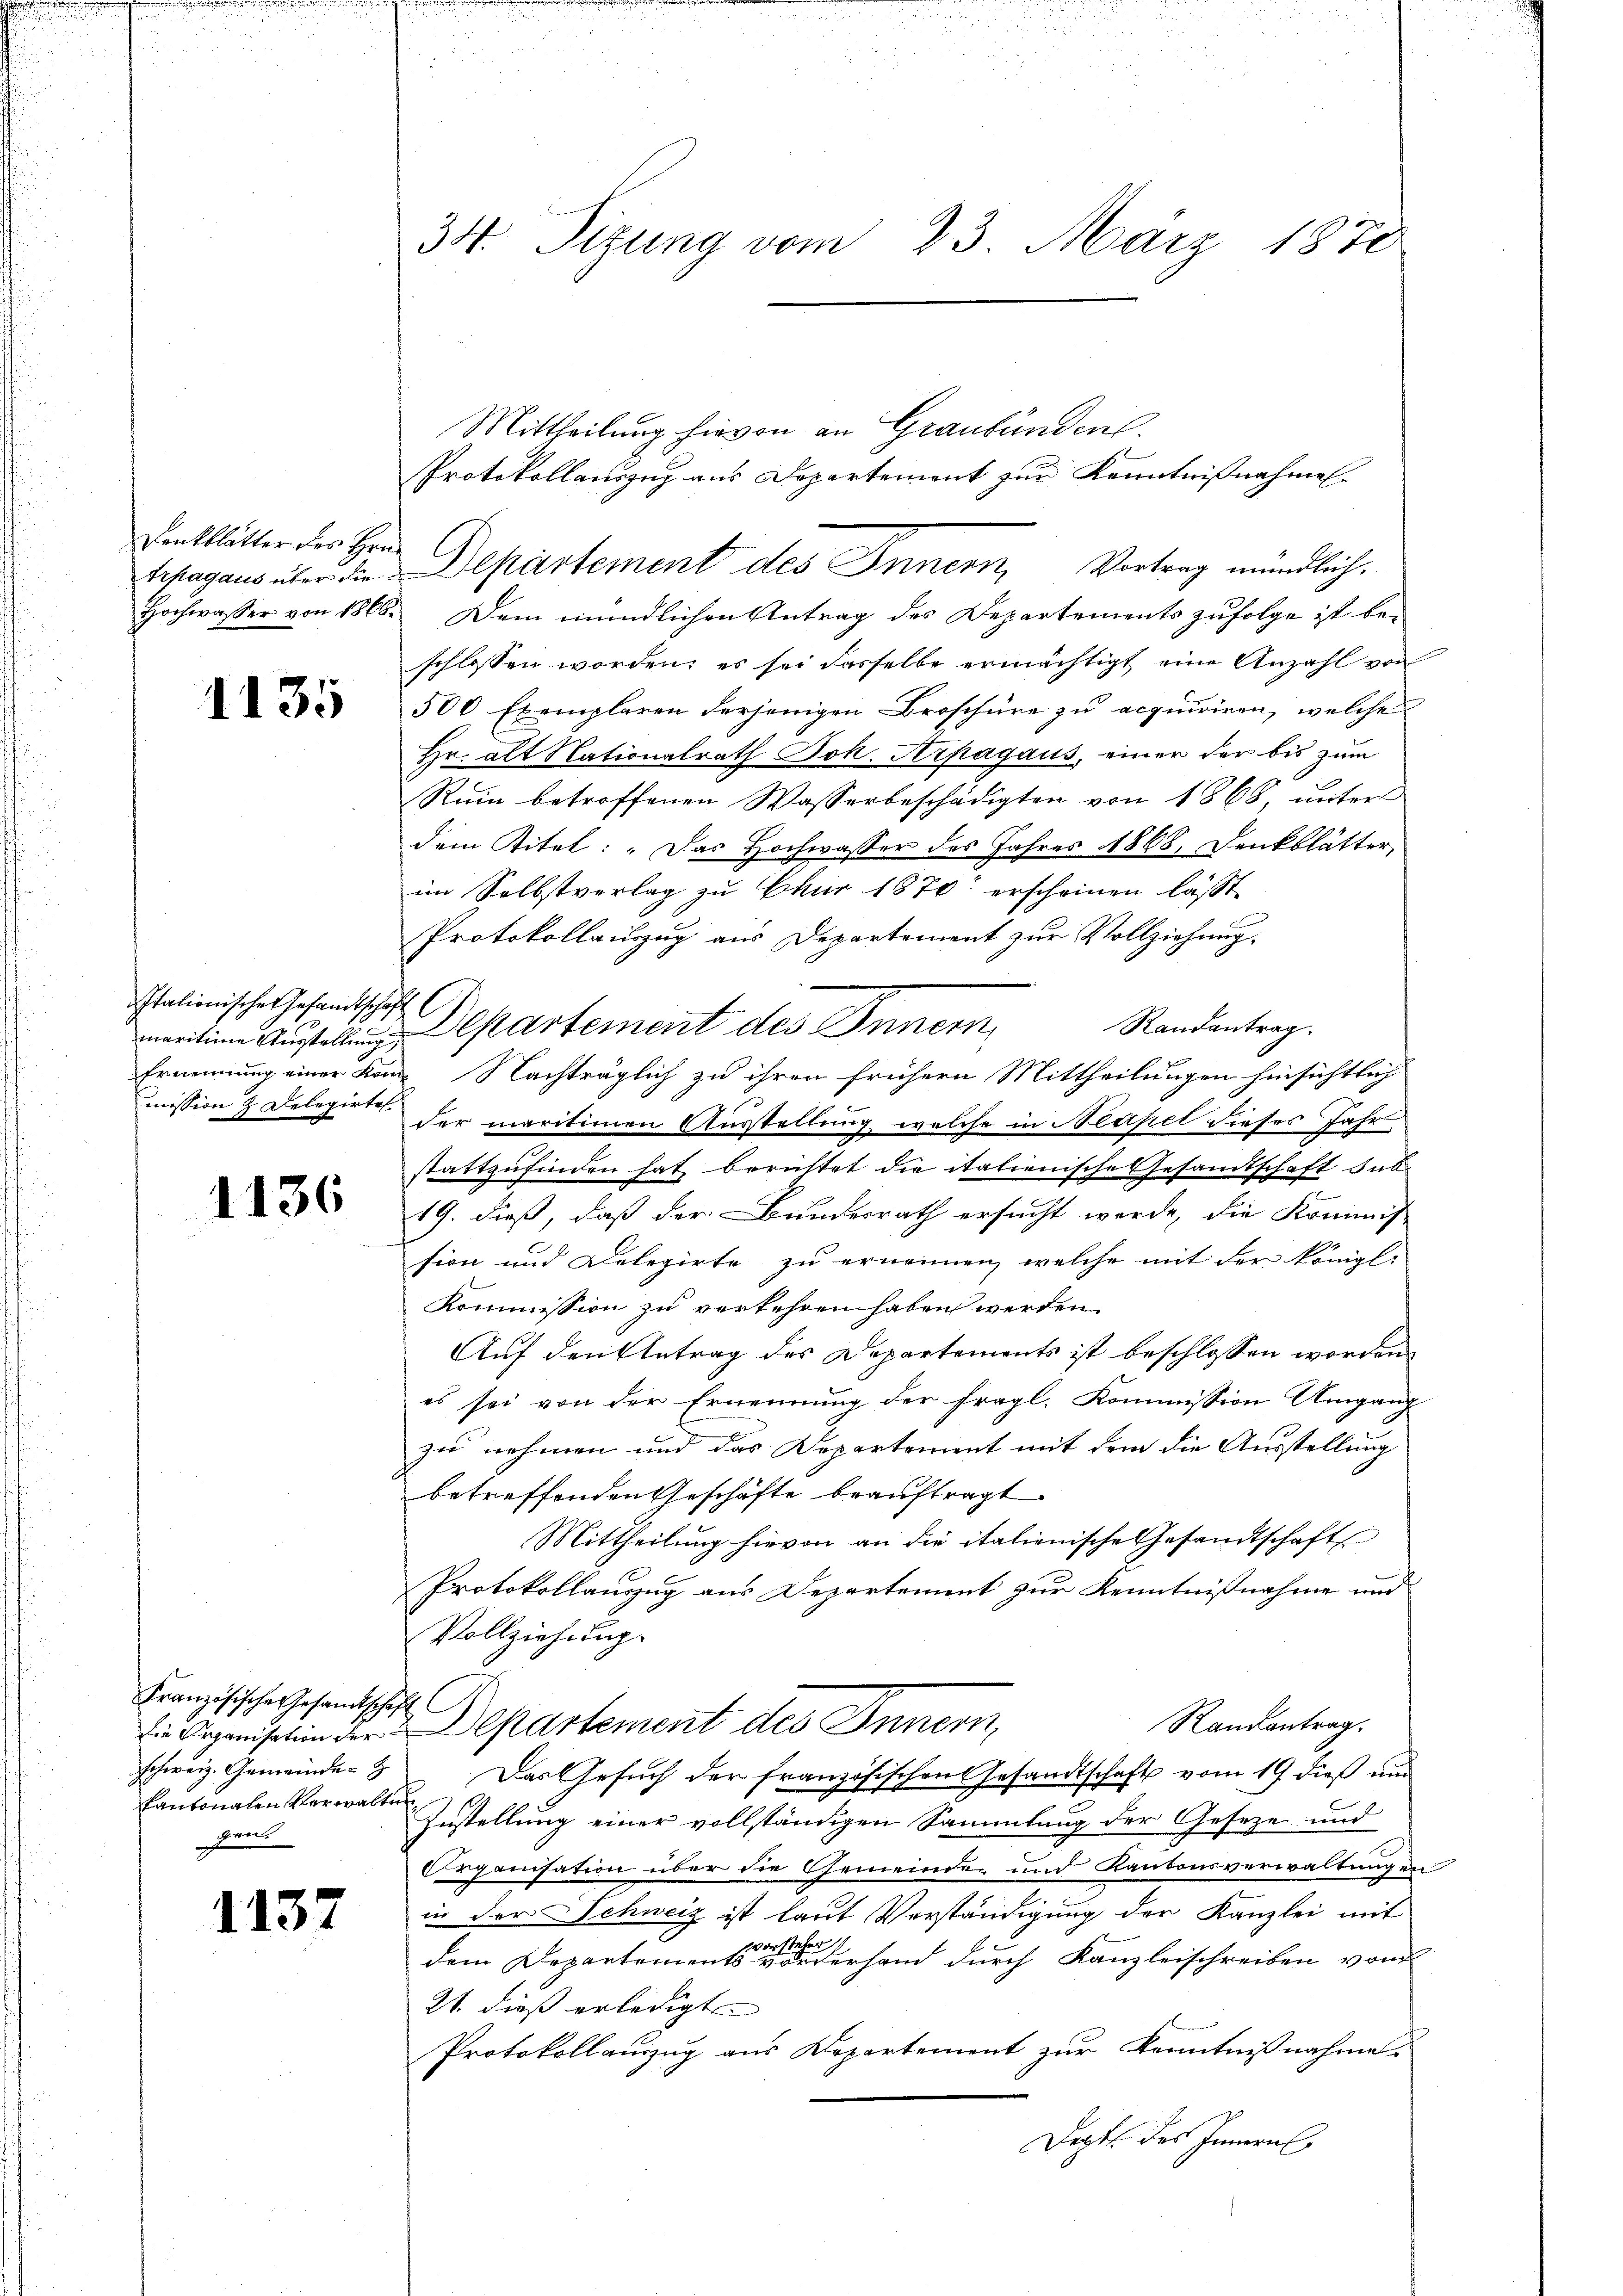
Denkblätter des Hrn.

1135

Italionischer Gesandtschaft
mission 2 Delegirte

1136

Französische Gesandtschaft
schweiz. Gemeinde
Kantonalen Verwaltung
gent

1137

34. Sizung vom 23. März 1870

Mittheilung hievon an Graubünden.
Protokollauszug aus Departement zur Kenntnißnahmen.
Hochwasser von 1808. Dem mündlichen Antrag des Departements zufolge ist beschlossen worden, es sei dasselbe ermächtigt eine Anzahl von
500 Exemplaren derjenigen Broschüre zu acquiriren, welche
Hr. alt Nationalrath Joh. Krpagaus, einer der bis zum
Rum betroffenen Wasserbeschädigten von 1868, unter
dem Titel: „Das Hochwasser des Jahres 1868, Denkblätter,
im Selbstverlag zu Chur 1870 erscheinen läßt.
Protokollauszug aus Departement zur Vollziehung.
Randantrag.
marition Austellen Departement des Innern,
Ernennung einer Kon Nachträglich zu ihren frühern Mittheilungen hinsichtlich
der maritionen Ausstellung welche in Neapel dieses Jahr
stattzufinden hat berichtet die italienische Gesandtschaft sub
19. dieß, daß der Bundesrath ersucht werde, die Kommis-
sion und Delegirte zu ernennen, welche mit der königl.
Kommission zu verkehren haben werden.
Auf den Antrag des Departements ist beschlossen worden.
es sei von der Ernennung der fragl. Kommission Umgang
zu nehmen und das Departement mit dem die Ausstellung
betreffenden Geschäfte beauftragt.
Mittheilung hievon an die italienische Gesandtschaft
Protokollanzug aus Departement zur Kenntnißnahme und
Vollziehung.
Randantrag.
 Organisation der Departement des Innern,
Das Gesuch der französischen Gesandtschaft vom 19. dieß un
Zustellung einer vollständigen Sammlung der Geseze und
Organisation über die Gemeinden und Kantonsverwaltungen
in der Schweiz ist laut Verständigung der Kanzlei mit
vorstehe
dem Departements wiederhand durch Kanzleischreiben von
21 dieß erledigt |
Protokollauszug aus Departement zur Kenntnißnahme.
Dopts des Innern,

Schagaus über die Departement des Innern, Vortrag mündlich.